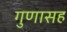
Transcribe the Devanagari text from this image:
गुणासह